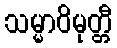
သမ္မာဝိမုတ္တီ